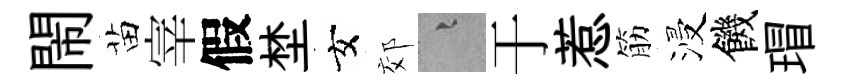
閙苗宰假埜女郊融于惹筋浸饑瑁